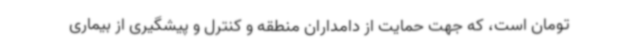
تومان است، که جهت حمایت از دامداران منطقه و کنترل و پیشگیری از بیماری